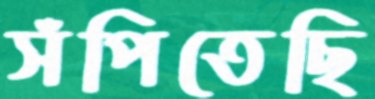
সঁপিতেছি